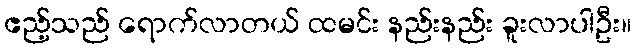
ဧည့်သည် ရောက်လာတယ် ထမင်း နည်းနည်း ခူးလာပါဦး။